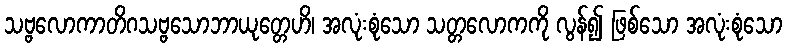
သဗ္ဗလောကာတိဂသဗ္ဗသောဘာယုတ္တေဟိ၊ အလုံးစုံသော သတ္တလောကကို လွန်၍ ဖြစ်သော အလုံးစုံသော